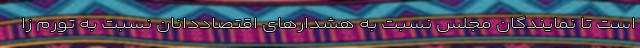
است تا نمایندگان مجلس نسبت به هشدارهای اقتصاددانان نسبت به تورم زا